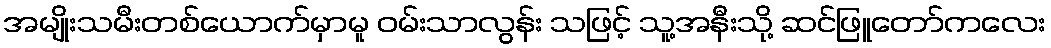
အမျိုးသမီးတစ်ယောက်မှာမူ ဝမ်းသာလွန်း သဖြင့် သူ့အနီးသို့ ဆင်ဖြူတော်ကလေး